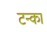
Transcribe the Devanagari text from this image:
टन्का